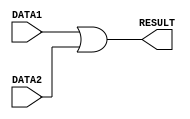
// Group 32
// E/19/205
// E/19/210


//The OR functional unit performs the logical OR operation on the two 8-bit numbers given in DATA1 and DATA2 and sends the answer to the RESULT output
//Contains a delay of 1 time unit
module OR(DATA1, DATA2, RESULT);

	//Input port declaration
	input [7:0] DATA1, DATA2;
	
	//Declaration of output port
	output [7:0] RESULT;
	
	//Assigns logical OR result of DATA1 and DATA2 to RESULT after 1 time unit delay
	assign #1 RESULT = DATA1 | DATA2;
	
endmodule